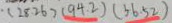
\cdot ( 2 8 . 2 6 ) ( 9 4 . 2 ) ( 5 6 . 5 2 )